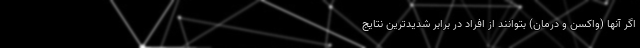
اگر آنها (واکسن و درمان) بتوانند از افراد در برابر شدیدترین نتایج